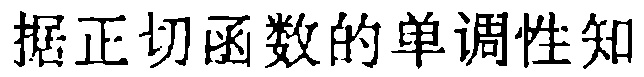
据正切函数的单调性知